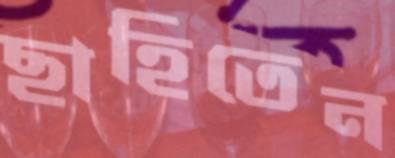
ছাহিতেন